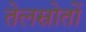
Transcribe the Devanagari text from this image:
तेलस्रोतों